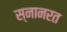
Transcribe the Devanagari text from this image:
स्नानरत